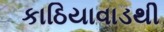
કાઠિયાવાડથી